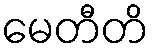
မေတီတိ